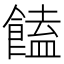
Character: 饁